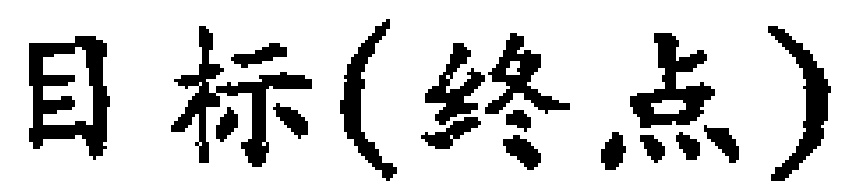
目标(终点)